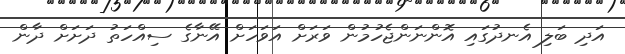
އަދި ބަލި އެނދުގައި އޮންނަންޖެހުމުން ވަރަށް އަވަހަށް އޭނާގެ ސިއްހަތު ދަަށަށް ދާން